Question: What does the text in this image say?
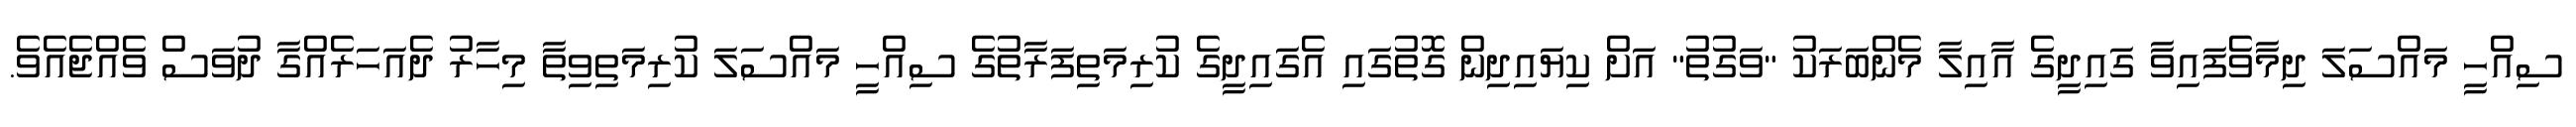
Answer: ސިއްހީ މައްސަލަ ދިމާވެފައިވާ ގައިދީގެ އާއިލާ މެންބަރަކު "ވަގުތު" އަށް ކިޔައިދިން ގޮތުގައި އެގައިދީގެ ކުރިމަތިފަރާތުގެ ސިއްހީ މައްސަލަ ކުރިމަތިވިތާ މިހާރު ދެއަހަރެއްގާ ދުވަސް ވެއްޖެއެވެ.